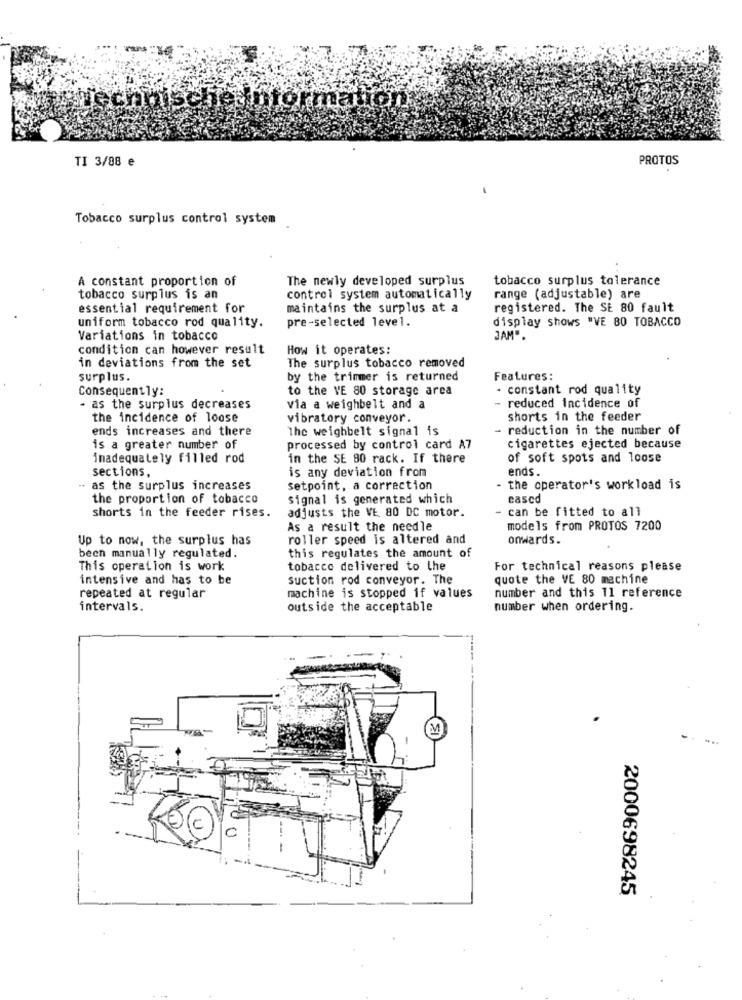
information.
TI 3/88 e
PROTOS
Tobacco surplus control system
A constant proportion of
The newly developed surplus
tobacco surplus tolerance
tobacco surplus is an
control system automatically
range (adjustable) are
essential requirement for
maintains the surplus at a
registered. The SE 80 fault
pre-selected level.
display shows "VE 80 TOBACCO
uniform tobacco rod quality.
Variations in tobacco
JAM".
condition can however result
How it operates:
in deviations from the set
The surplus tobacco removed
surplus.
by the trimmer is returned
Features:
Consequently:
to the VE 80 storage area
- constant rod quality
- reduced incidence of
- as the surplus decreases
via a weighbelt and a
the incidence of loose
vibratory conveyor.
shorts in the feeder
ends increases and there
The weighbelt signal is
- reduction in the number of
is a greater number of
processed by control card A7
cigarettes ejected because
inadequately filled rod
in the SE 80 rack. If there
of soft spots and loose
sections,
is any deviation from
ends.
as the surplus increases
Setpoint, a correction
the operator's workload is
the proportion of tobacco
signal is generated which
cascd
adjusts the VE 80 DC motor.
- can be fitted to all
shorts in the feeder rises.
As a result the needle
models from PROTOS 7200
Up to now, the surplus has
roller speed is altered and
onwards.
been manually regulated.
this regulates the amount of
This operation is work
tobacco delivered to the
For technical reasons please
intensive and has to be
suction rod conveyor. The
quote the VE 80 machine
number and this 11 reference
repeated at regular
machine is stopped if values
intervals.
outside the acceptable
number when ordering.
M
2000698245